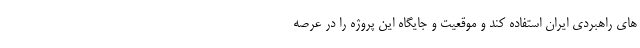
های راهبردی ایران استفاده کند و موقعیت و جایگاه این پروژه را در عرصه